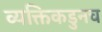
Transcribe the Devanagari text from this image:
व्यक्तिकडुनच